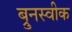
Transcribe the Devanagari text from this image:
ब्रुनस्वीक